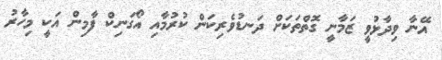
އޭނާ ވިދާޅުވީ ޒަމާނީ ގޮތްތަކަށް ދަނޑުވެރިކަން ކުރުމާއި އޯގަނިކް ފާމިން އަކީ މިހާރު